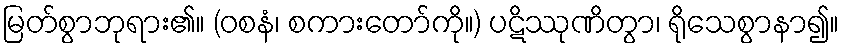
မြတ်စွာဘုရား၏။ (ဝစနံ၊ စကားတော်ကို။) ပဋိဿုဏိတွာ၊ ရိုသေစွာနာ၍။